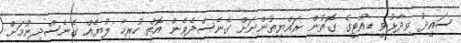
ސައީދު ވިދާޅުވީ ޑިއުޓީގެ ގޮތުން ރައްޔިތުންނަށް ގެނެސްދެވެން އޮތް ހުރިހާ ލުޔެއް ގެނެސްދިނުމަށް